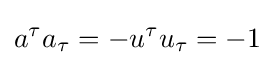
a^{\tau }a_{\tau }=-u^{\tau }u_{\tau }=-1